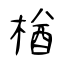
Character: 楢